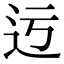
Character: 迃